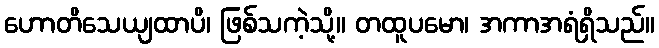
ဟောတိသေယျထာပိ၊ ဖြစ်သကဲ့သို့။ တထူပမော၊ အကာအရံရှိသည်။